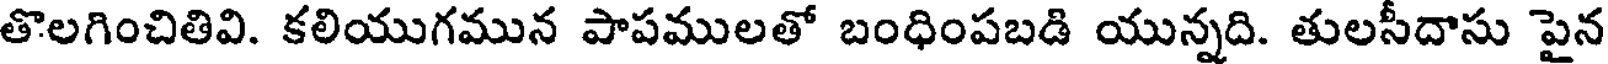
తొలగించితివి. కలియుగమున పాపములతో బంధింపబడి యున్నది. తులసీదాసు పైన